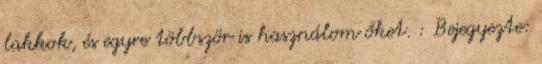
lakkok, és egyre többször is használom őket. : Bejegyezte: